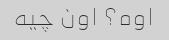
اوه؟ اون چیه